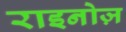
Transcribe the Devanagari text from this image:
राइनोज़